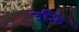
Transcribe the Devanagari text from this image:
उन्हिं